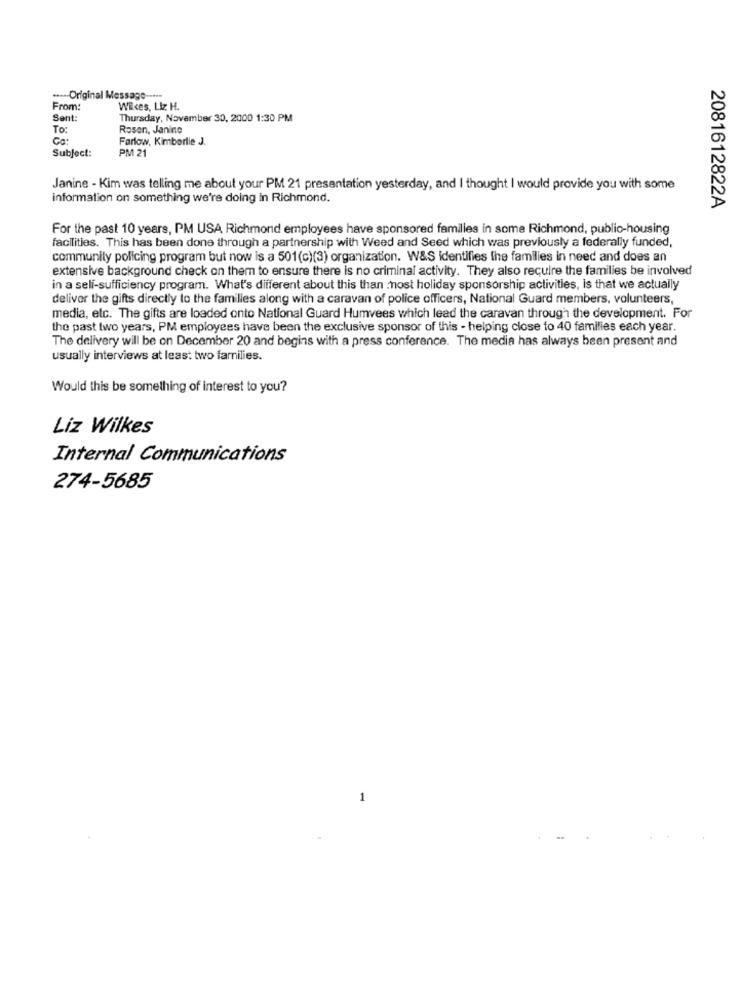
Original Message --**
From:
Wilces, Liz H.
Sent
Thursday, November 30, 2000 1:30 PM
To:
Rosen, Janine
Co:
Farlow, Kimberlie J.
Subject:
PM 21
Janine - Kim was telling me about your PM 21 presentation yesterday, and I thought I would provide you with some
information on something we're doing in Richmond.
2081612822A
For the past 10 years, PM USA Richmond employees have sponsored families in some Richmond, public-housing
facilities. This has been done through a partnership with Weed and Seed which was previously a federally funded,
community policing program but now is a 501(c)(3) organization. W&S identifies the families in need and does an
extensive background check on them to ensure there is no criminal activity. They also require the families be involved
in a seli-sufficiency program. What's different about this than nost holiday sponsorship activities, Is that we actually
deliver the gifts directly to the families along with a caravan of police officers, National Guard members, volunteers,
media, etc. The gifts are loaded onto National Guard Humvees which lead the caravan through the development. For
the past two years, PM employees have been the exclusive sponsor of this - helping close to 40 families each year.
The delivery will be on December 20 and begins with a press conference. The media has always been present and
usually interviews at least two families.
Would this be something of interest to you?
Liz Wilkes
Internal Communications
274-5685
1